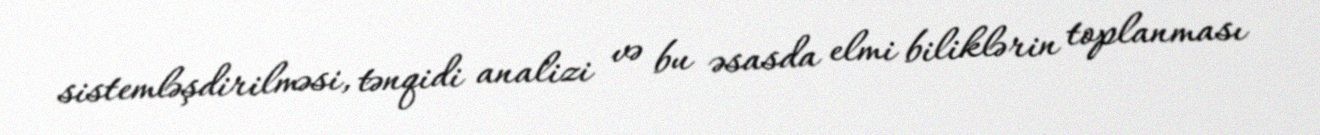
sistemləşdirilməsi, tənqidi analizi və bu əsasda elmi biliklərin toplanması